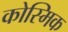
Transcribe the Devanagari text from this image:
कोस्मिक